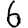
Digit: 6